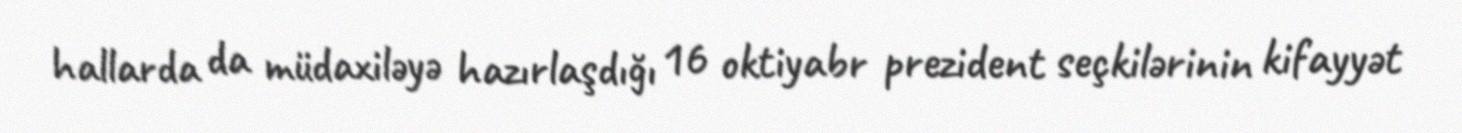
hallarda da müdaxiləyə hazırlaşdığı 16 oktiyabr prezident seçkilərinin kifayyət